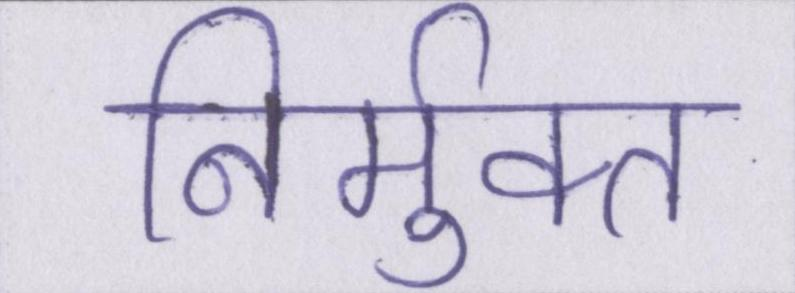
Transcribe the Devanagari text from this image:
निर्मुक्त